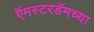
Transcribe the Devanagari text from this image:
ऍमस्टरडॅमच्या